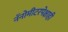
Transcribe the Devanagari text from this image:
नॅनोमीटरपेक्षाही